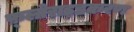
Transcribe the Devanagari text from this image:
फ़्लोराइडकरण